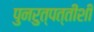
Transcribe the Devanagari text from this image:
पुनरुत्पत्तीशी